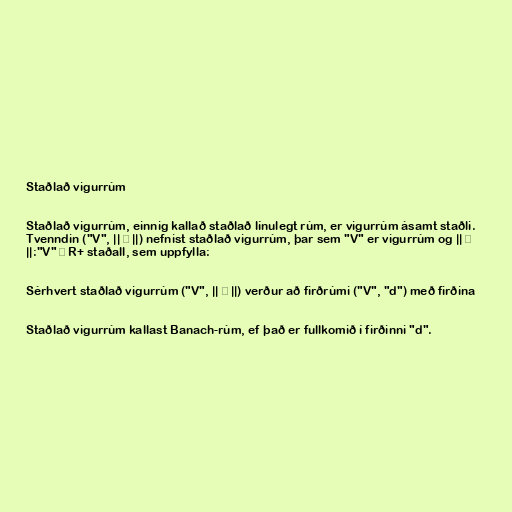
Staðlað vigurrúm

Staðlað vigurrúm, einnig kallað staðlað línulegt rúm, er vigurrúm ásamt staðli.
Tvenndin ("V", || ⋅ ||) nefnist staðlað vigurrúm, þar sem "V" er vigurrúm og || ⋅
||:"V" → R+ staðall, sem uppfylla:

Sérhvert staðlað vigurrúm ("V", || ⋅ ||) verður að firðrúmi ("V", "d") með firðina

Staðlað vigurrúm kallast Banach-rúm, ef það er fullkomið í firðinni "d".